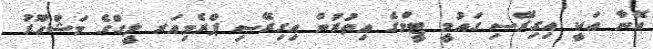
އޭނާ އަކީ އިގިރޭސި ގައުމީ ޓީމްގެ އިތުރުން އިގިރޭސި ޕްރެމިއަރ ލީގްގެ މަޝްހޫރު